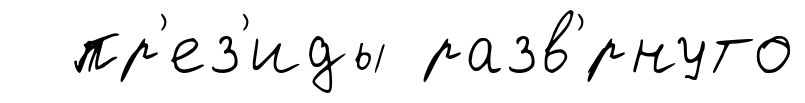
пр'ез'иды разв'́рнуто